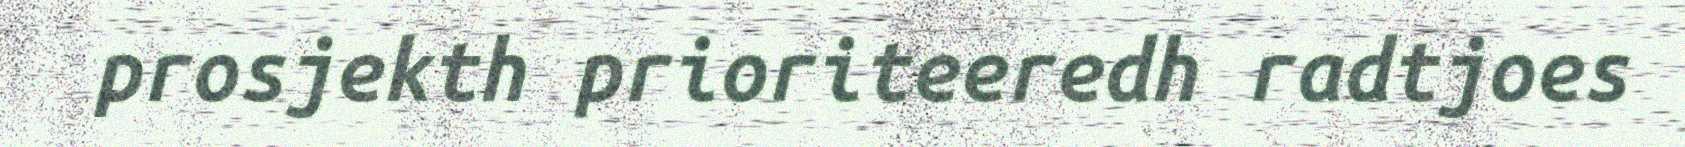
prosjekth prioriteeredh radtjoes